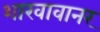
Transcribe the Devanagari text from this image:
शाखावानर